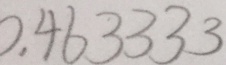
0 . 4 6 3 3 3 3